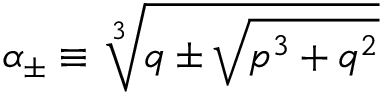
\alpha _ { \pm } \equiv \sqrt [ 3 ] { q \pm \sqrt { p ^ { 3 } + q ^ { 2 } } }